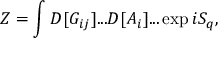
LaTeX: Z = \int D [ G _ { i j } ] . . . D [ A _ { i } ] . . . \exp i S _ { q } ,